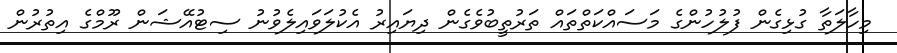
މިހާލަތާ ގުޅިގެން ފުލުހުންގެ މަސައްކަތްތައް ތަރުތީބުވެގެން ދިޔައިރު އެކުލަވައިލެވުނު ސިޓުއޭޝަން ރޫމްގެ އިތުރުން